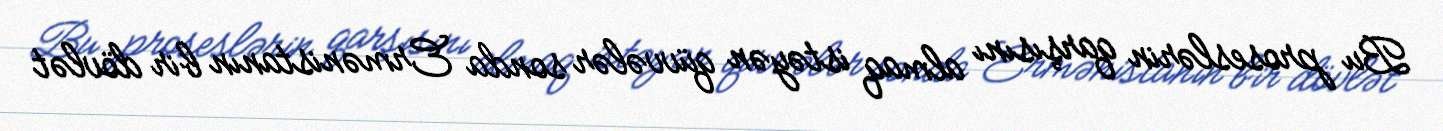
Bu proseslərin qarşısını almaq istəyən qüvvələr sonda Ermənistanın bir dövlət